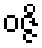
ဝဇ္ဇိ